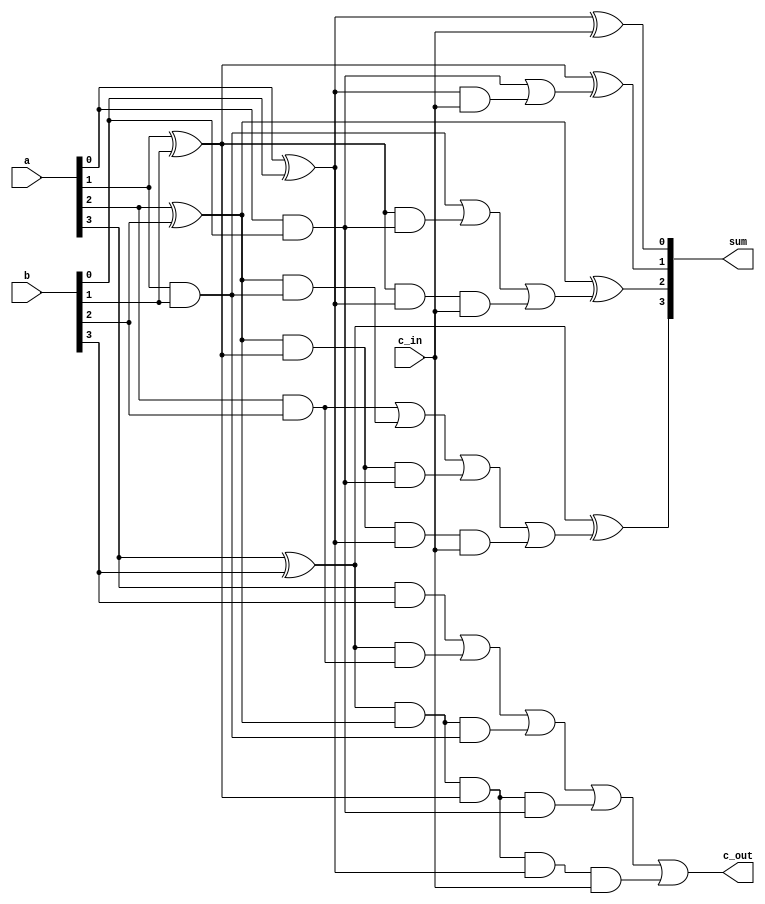
module CarryLookAheadAdder(input [3:0] a,input [3:0] b,input c_in, output[3:0] sum, output c_out);
	
	wire G[3:0], P[3:0], carry[4:0];
	assign G[0] = a[0]&b[0];   //Carry Generate
	assign G[1] = a[1]&b[1];
	assign G[2] = a[2]&b[2];
	assign G[3] = a[3]&b[3];
	
	assign P[0] = a[0]^b[0];	  //Carry Propogate
	assign P[1] = a[1]^b[1];
	assign P[2] = a[2]^b[2];
	assign P[3] = a[3]^b[3];
	
	assign carry[0] = c_in;
	assign carry[1] = G[0]|(P[0]&c_in);
	assign carry[2] = G[1]|(P[1]&G[0])|(P[1]&P[0]&c_in);
	assign carry[3] = G[2]|(P[2]&G[1])|(P[2]&P[1]&G[0])|(P[2]&P[1]&P[0]&c_in);
	assign carry[4] = G[3]|(P[3]&G[2])|(P[3]&P[2]&G[1])|(P[3]&P[2]&P[1]&G[0])|(P[3]&P[2]&P[1]&P[0]&c_in);
	
	assign sum[0] = P[0]^carry[0];
	assign sum[1] = P[1]^carry[1];
	assign sum[2] = P[2]^carry[2];
	assign sum[3] = P[3]^carry[3];
	assign c_out = carry[4];

endmodule